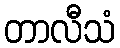
တာလီသံ